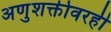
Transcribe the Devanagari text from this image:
अणुशक्तीवरही